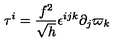
\tau ^ { i } = \frac { f ^ { 2 } } { \sqrt { h } } \epsilon ^ { i j k } \partial _ { j } \varpi _ { k }